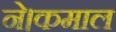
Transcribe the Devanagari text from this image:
ने।कमाल